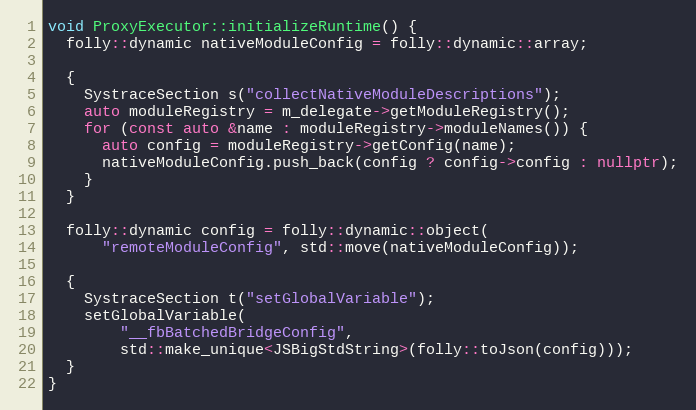
Language: C++
void ProxyExecutor::initializeRuntime() {
  folly::dynamic nativeModuleConfig = folly::dynamic::array;

  {
    SystraceSection s("collectNativeModuleDescriptions");
    auto moduleRegistry = m_delegate->getModuleRegistry();
    for (const auto &name : moduleRegistry->moduleNames()) {
      auto config = moduleRegistry->getConfig(name);
      nativeModuleConfig.push_back(config ? config->config : nullptr);
    }
  }

  folly::dynamic config = folly::dynamic::object(
      "remoteModuleConfig", std::move(nativeModuleConfig));

  {
    SystraceSection t("setGlobalVariable");
    setGlobalVariable(
        "__fbBatchedBridgeConfig",
        std::make_unique<JSBigStdString>(folly::toJson(config)));
  }
}